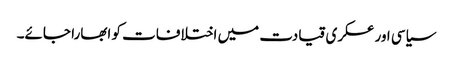
سیاسی اور عسکری قیادت میں اختلافات کو ابھارا جائے۔